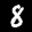
Label: 8